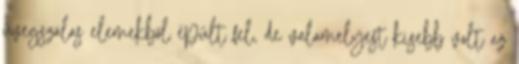
üvegszálas elemekből épült fel, de valamelyest kisebb volt az